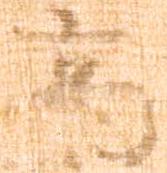
高